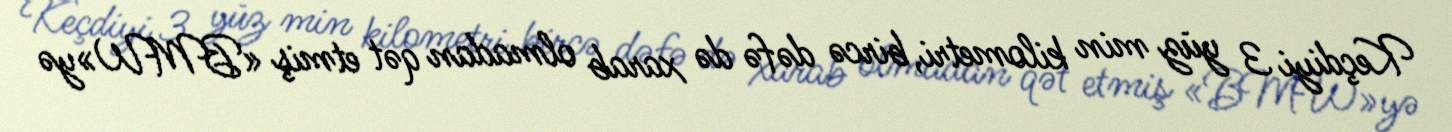
Keçdiyi 3 yüz min kilometri, bircə dəfə də xarab olmadan qət etmiş «BMW»yə